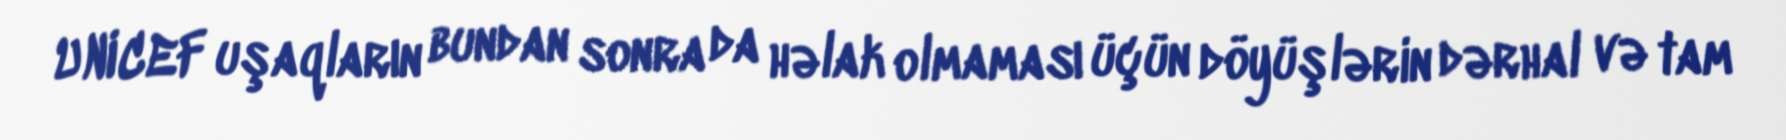
UNICEF uşaqların bundan sonra da həlak olmaması üçün döyüşlərin dərhal və tam